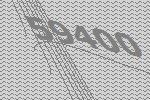
59400